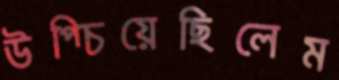
উপ্‌চিয়েছিলেম